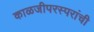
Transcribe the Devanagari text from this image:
काळजीपरस्परांची